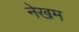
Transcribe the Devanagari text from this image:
नेखम